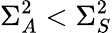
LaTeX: \Sigma_{A}^{2}<\Sigma_{S}^{2}